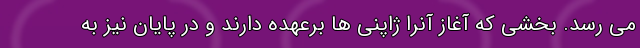
می رسد. بخشی که آغاز آنرا ژاپنی ها برعهده دارند و در پایان نیز به